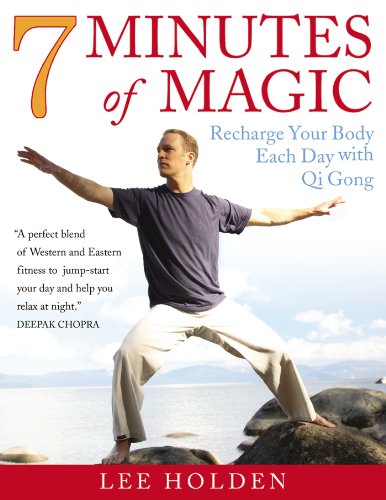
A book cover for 7 Minutes of Magic: Recharge Your Body Each Day with Qi Gong; Lee Holden; Health, Fitness & Dieting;